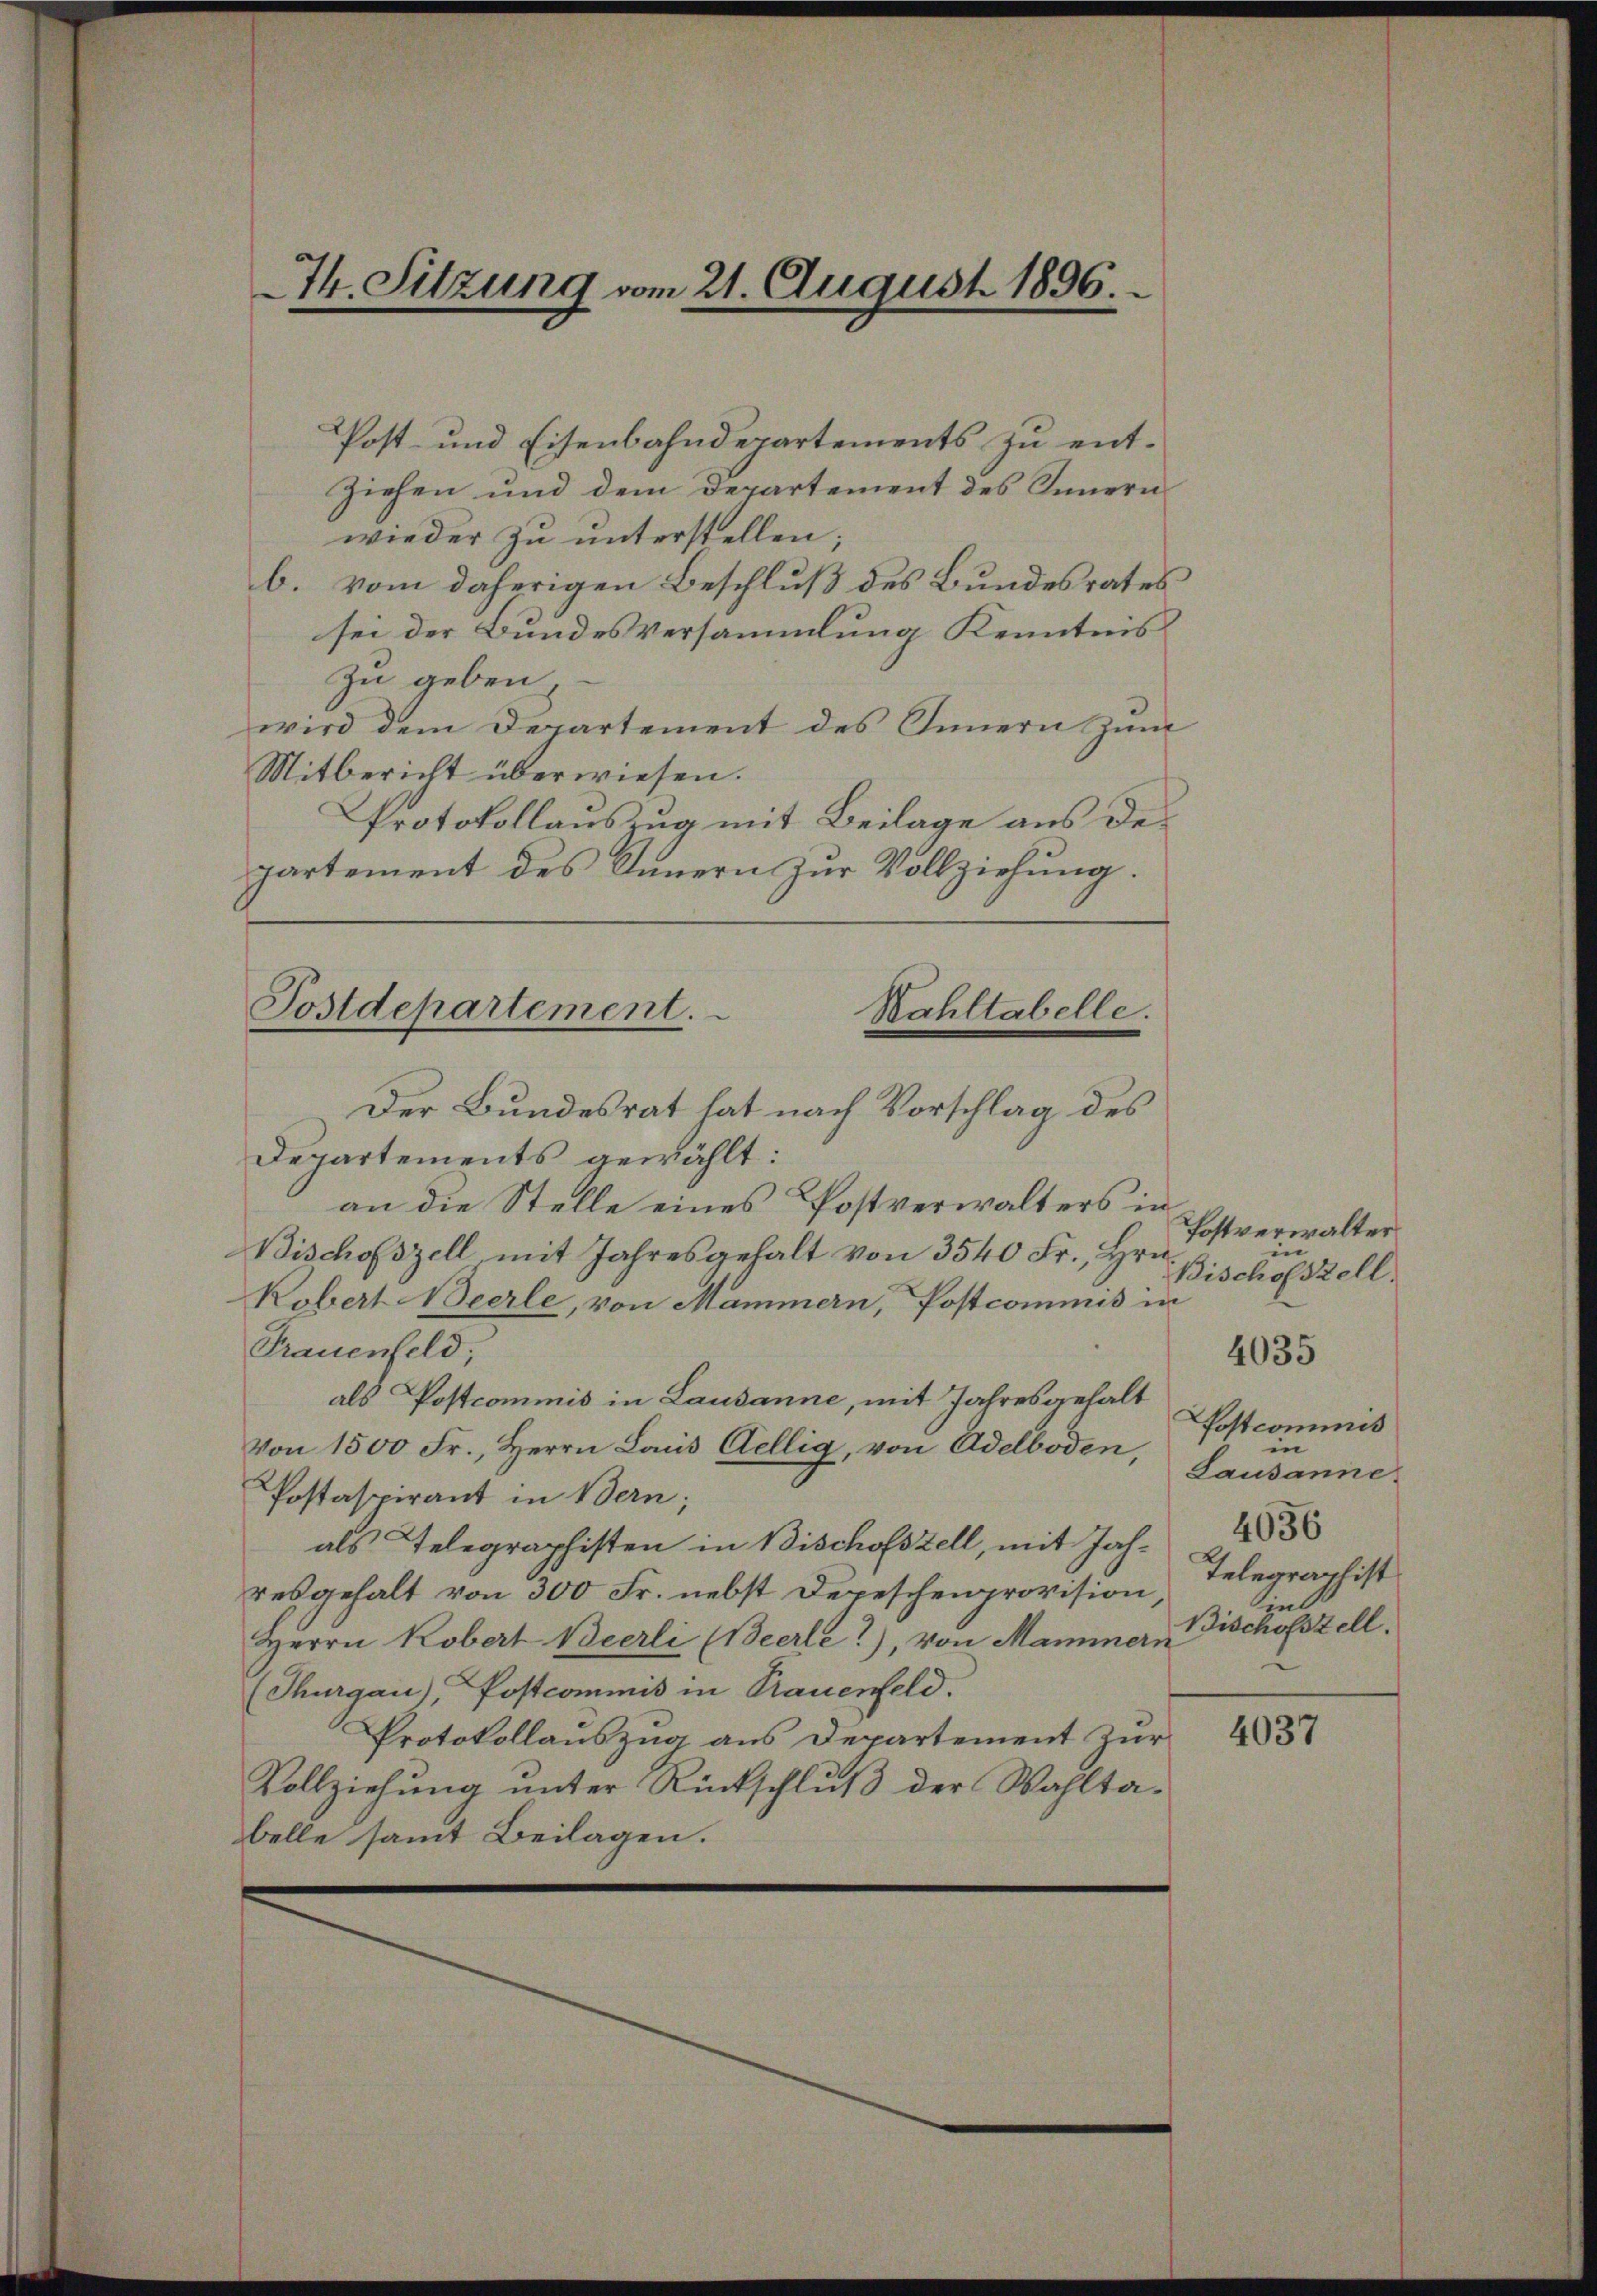
74. Sitzung vom 21. August 1896.

.
Post- und Eisenbahndepartements zu entziehen und dem Departement des Innern
wieder zu unterstellen;
b. vom daherigen Beschluß des Bundesrates
sei der Bundesversammlung Kenntnis
zu geben
wird dem Departement des Innern zum
Mitbericht überwiesen.
Protokollauszug mit Beilage aus des
partement des Innern zur Vollziehung.
Der Bundesrat hat nach Vorschlag des
Departements gewählt:
an die Stelle eines Postverwalters in
Bischofszell mit Jahresgehalt von 3540 Fr., Hrn.
Kobert Beerle, von Mammern, Postcommis in
Frauenfeld;
als Postcommis in Lausanne, mit Jahresgehalt
Von 1500 Fr., Herrn Laus Dellig, von Adelboden,
Postaspirant in Bern;
als Telegraphisten in Bischofszell, mit Jahresgehalt von 300 Fr. nebst Depeschenprovision,
Herrn Kobert Bierli Beerle!), von Mammern
(Thurgau), Postcommis in Trauenfeld.
Protokollauszug aus Departement zur
Vollziehung unter Rückschluß der Wahltabelle samt Beilagen.

Postdepartement.
Kahltabelle.

Postverwalter
in
Bischofszell.
Postcommis
in
Lausanne.
4636
Telegraphist
int
Bischofszell.

4035

4037